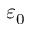
\varepsilon _ { 0 }